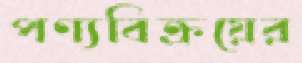
পণ্যবিক্রয়ের